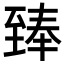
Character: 𮍣